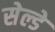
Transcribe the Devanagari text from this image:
सेल्डे